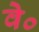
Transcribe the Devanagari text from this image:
वे०